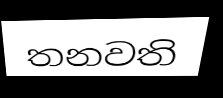
තනවති